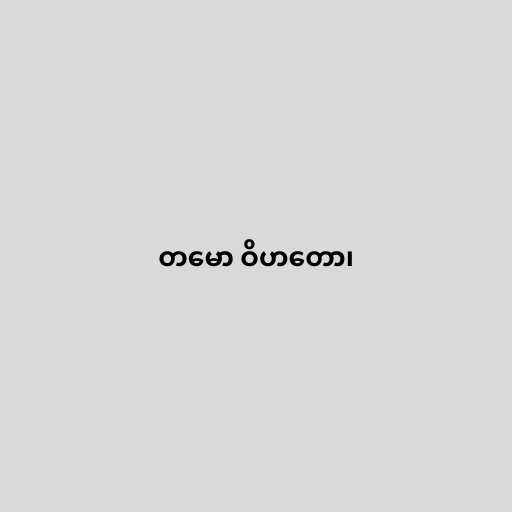
တမော ဝိဟတော၊